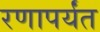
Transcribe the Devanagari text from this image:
रणापर्यंत